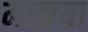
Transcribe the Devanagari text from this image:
माझया